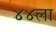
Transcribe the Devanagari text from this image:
४४ला